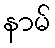
နာမ်